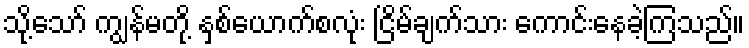
သို့သော် ကျွန်မတို့ နှစ်ယောက်စလုံး ငြိမ်ချက်သား ကောင်းနေခဲ့ကြသည်။